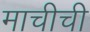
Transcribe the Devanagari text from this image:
माचीची